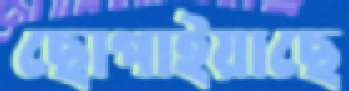
ছোপাইয়াছে